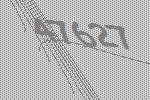
47627